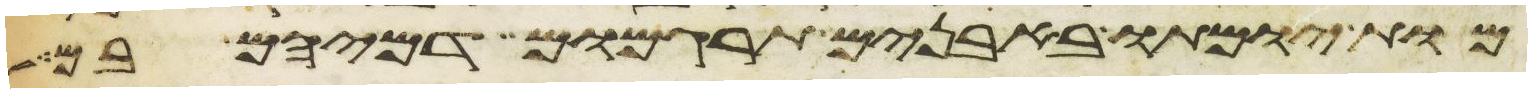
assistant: מות יומתו באבנים תרגמום דמיהם בם